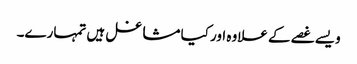
ویسے غصے کے علاوہ اور کیا مشاغل ہیں تمہارے۔